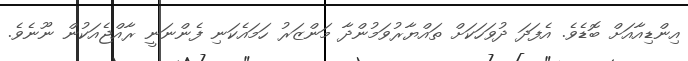
އިންޑިއާއަށް ބޮޑެވެ. އެފަދަ ދުވަހަކަށް ތައްޔާރުވަމުންދާ މަންޒަރު ހަމައެކަނި ފެންނަނީ ރާއްޖެއަކުން ނޫނެވެ.